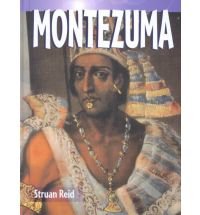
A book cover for Montezuma (Historical Biographies); Struan Reid; Children's Books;